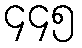
၄၄၅